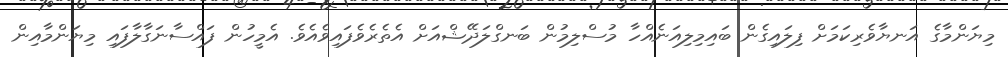
މިޔަންމާގެ އަނޔާވެރިކަމަށް ފިލައިގެން ބައިމިލިއަނެއްހާ މުސްލިމުން ބަނގްލަދޭޝްއަށް އެތެރެވެފައިވެއެވެ. އެމީހުން ފައްސާނަގާލާފައި މިޔަންމާއިން